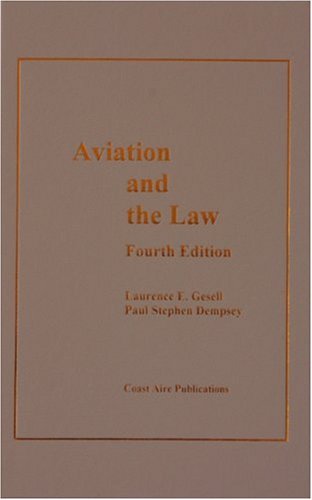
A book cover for Aviation And the Law, 4th ed; Laurence E. Gesell; Law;